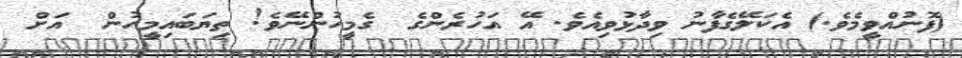
(ފޮނުއްވީމެވެ.) އެކަލޭގެފާނު ވިދާޅުވިއެވެ. އޭ އަހުރެންގެ  ގެމީހުންނޭވެ! ތިޔަބައިމީހުން  އަށް